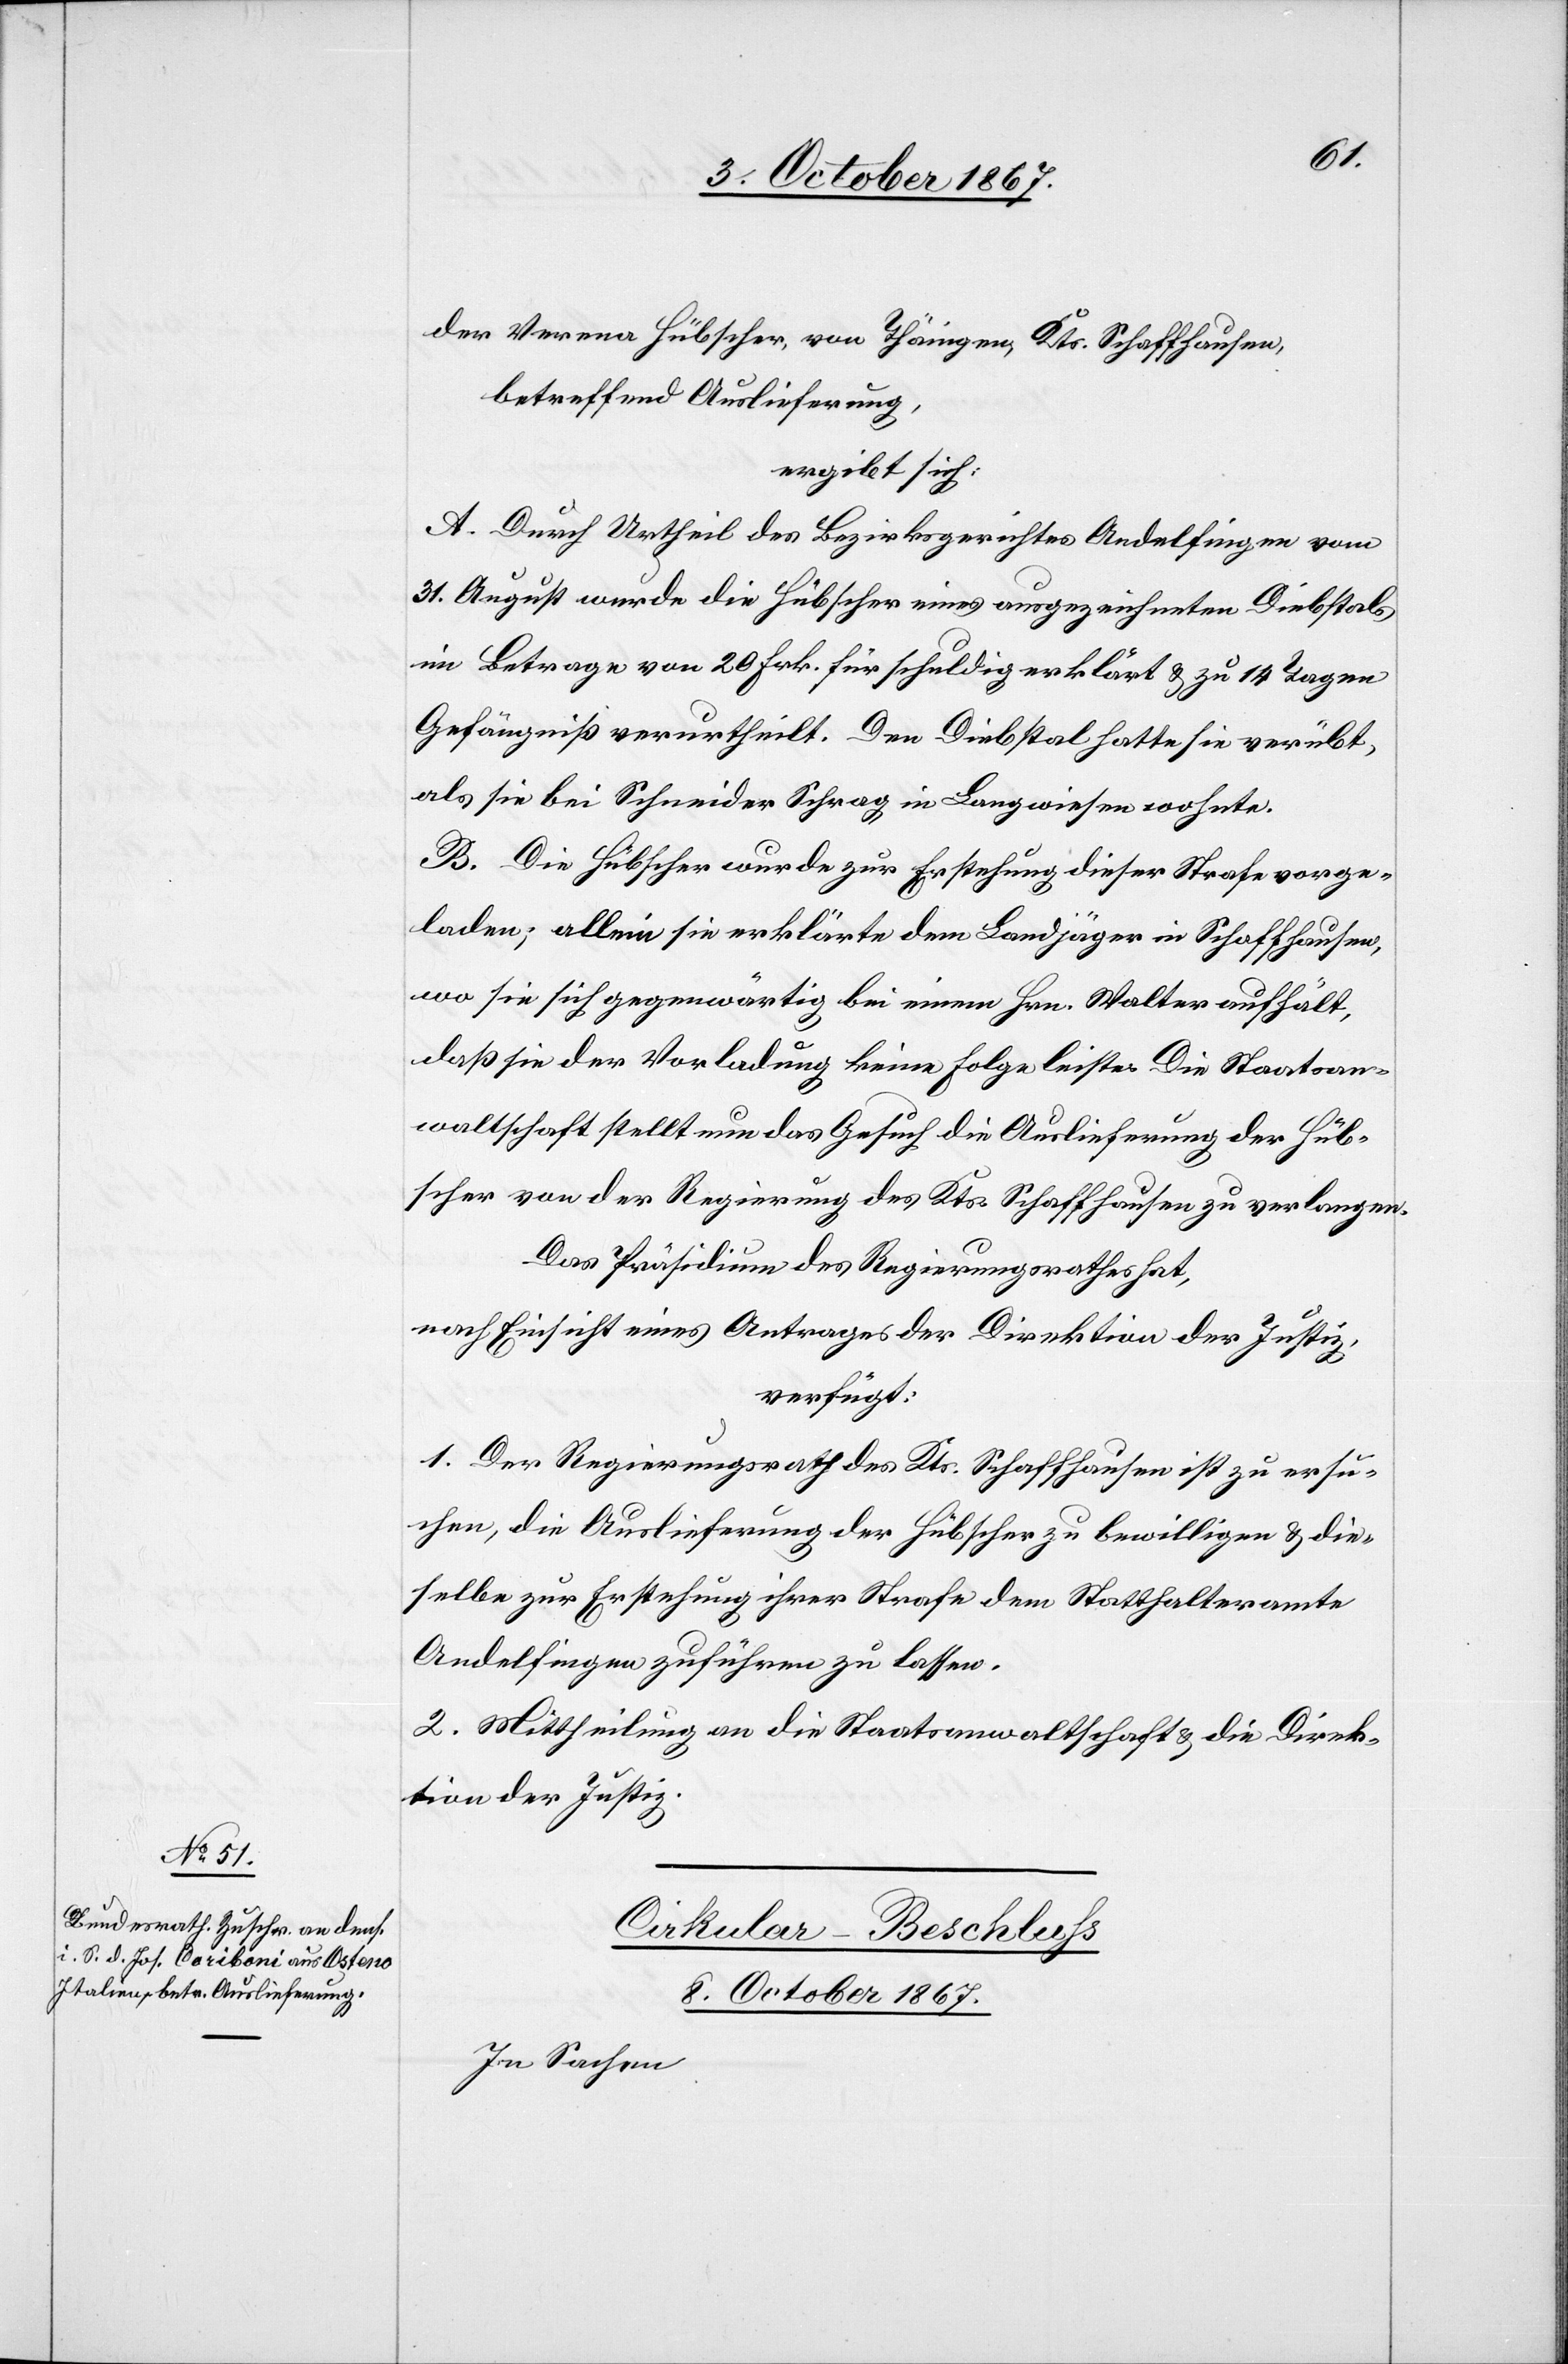
der Verena Hübscher [sic!] von Thäingen, Kts. Schaffhausen,
betreffend Auslieferung,
ergibt sich:
A. Durch Urtheil des Bezirksgerichtes Andelfingen vom
31. August wurde die Hübscher eines ausgezeichneten Diebstals
im Betrag von 20. Frk. für schuldig erklärt u. zu 14 Tagen
Gefängniß verurtheilt. Den Diebstal hatte sie verübt,
als sie bei Schneider Schrag in Langwiesen wohnte.
B. Die Hübscher wurde zur Erstehung dieser Strafe vorge¬
laden; allein sie erklärte dem Landjäger in Schaffhausen,
wo sie sich gegenwärtig bei einem Hrn. Walter aufhält,
daß sie der Vorladung keine Folge leiste. Die Staatsan¬
waltschaft stellt nun das Gesuch die Auslieferung der Hüb¬
scher von der Regierung des Kts. Schaffhausen zu verlangen.
Das Präsidium des Regierungsrathes hat,
nach Einsicht eines Antrages der Direktion der Justiz,
verfügt:
1. Der Regierungsrath des Kts. Schaffhausen ist zu ersu¬
chen, die Auslieferung der Hübscher zu bewilligen u. die¬
selbe zur Erstehung ihrer Strafe dem Statthalteramte
Andelfingen zuführen zu lassen.
2. Mittheilung an die Staatsanwaltschaft u. die Direk¬
tion der Justiz.
Cirkular-Beschluß
8. October 1867.
In Sachen